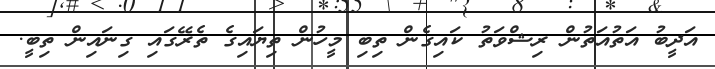
އަދީބު އަތުއަތުން ރިޝްވަތު ކައިގެން ތިބި މީހުން ތިޔައިގެ ތެރޭގައި ގިނައިން ތިބީ.